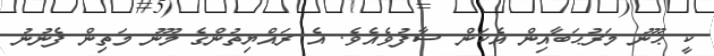
ކީ ޙޫނު މަރުޙަބާއިން އެކަން ސާފުވެއެވެ. އެ ރައްޔިތުންގެ މޫނު މަތިން ފެނުނު